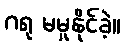
ဂရု မမူနိုင်ခဲ့။